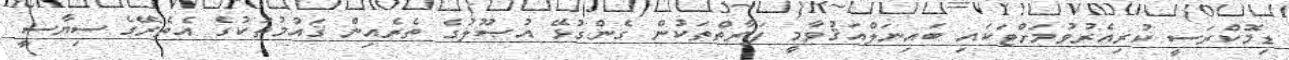
ޑިމޮކްރަސީ ކުރިއެރުވުމަށްޓަކައި ބައިނަލްއަޤުވާމީ ފަރާތްތަކުން ގެންގުޅޭ އުޞޫލުގެ ތެރެއިން ޤައުމުތަކުގެ އެތެރޭގެ ސިޔާސީ